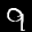
Label: 9